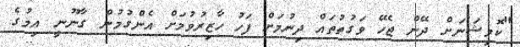
"ކޮމިޝަނަށް ދޭން ޖެހޭ ވަގުތުތައް ދިނުމަށް ފަހު ހާޒިރުވުމަށް އެންގުމުން ގާނޫނީ އިމުގެ